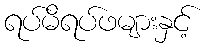
ရပ်မိရပ်ဖများနှင့်